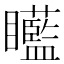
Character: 𥍍